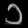
Digit: ၁